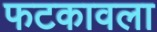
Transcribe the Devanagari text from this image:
फटकावला